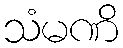
သံမဏိ